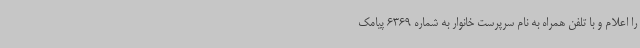
را اعلام و با تلفن همراه به نام سرپرست خانوار به شماره 6369 پیامک